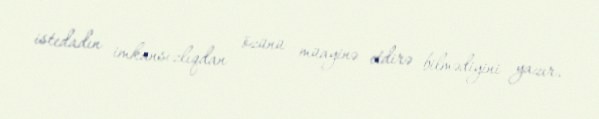
istedadın imkansızlıqdan özünü müayinə etdirə bilmədiyini yazır.